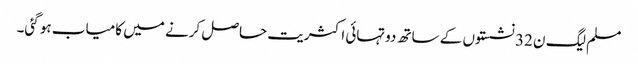
مسلم لیگ ن 32 نشستوں کے ساتھ دوتہائی اکثریت حاصل کرنے میں کامیاب ہو گئی۔